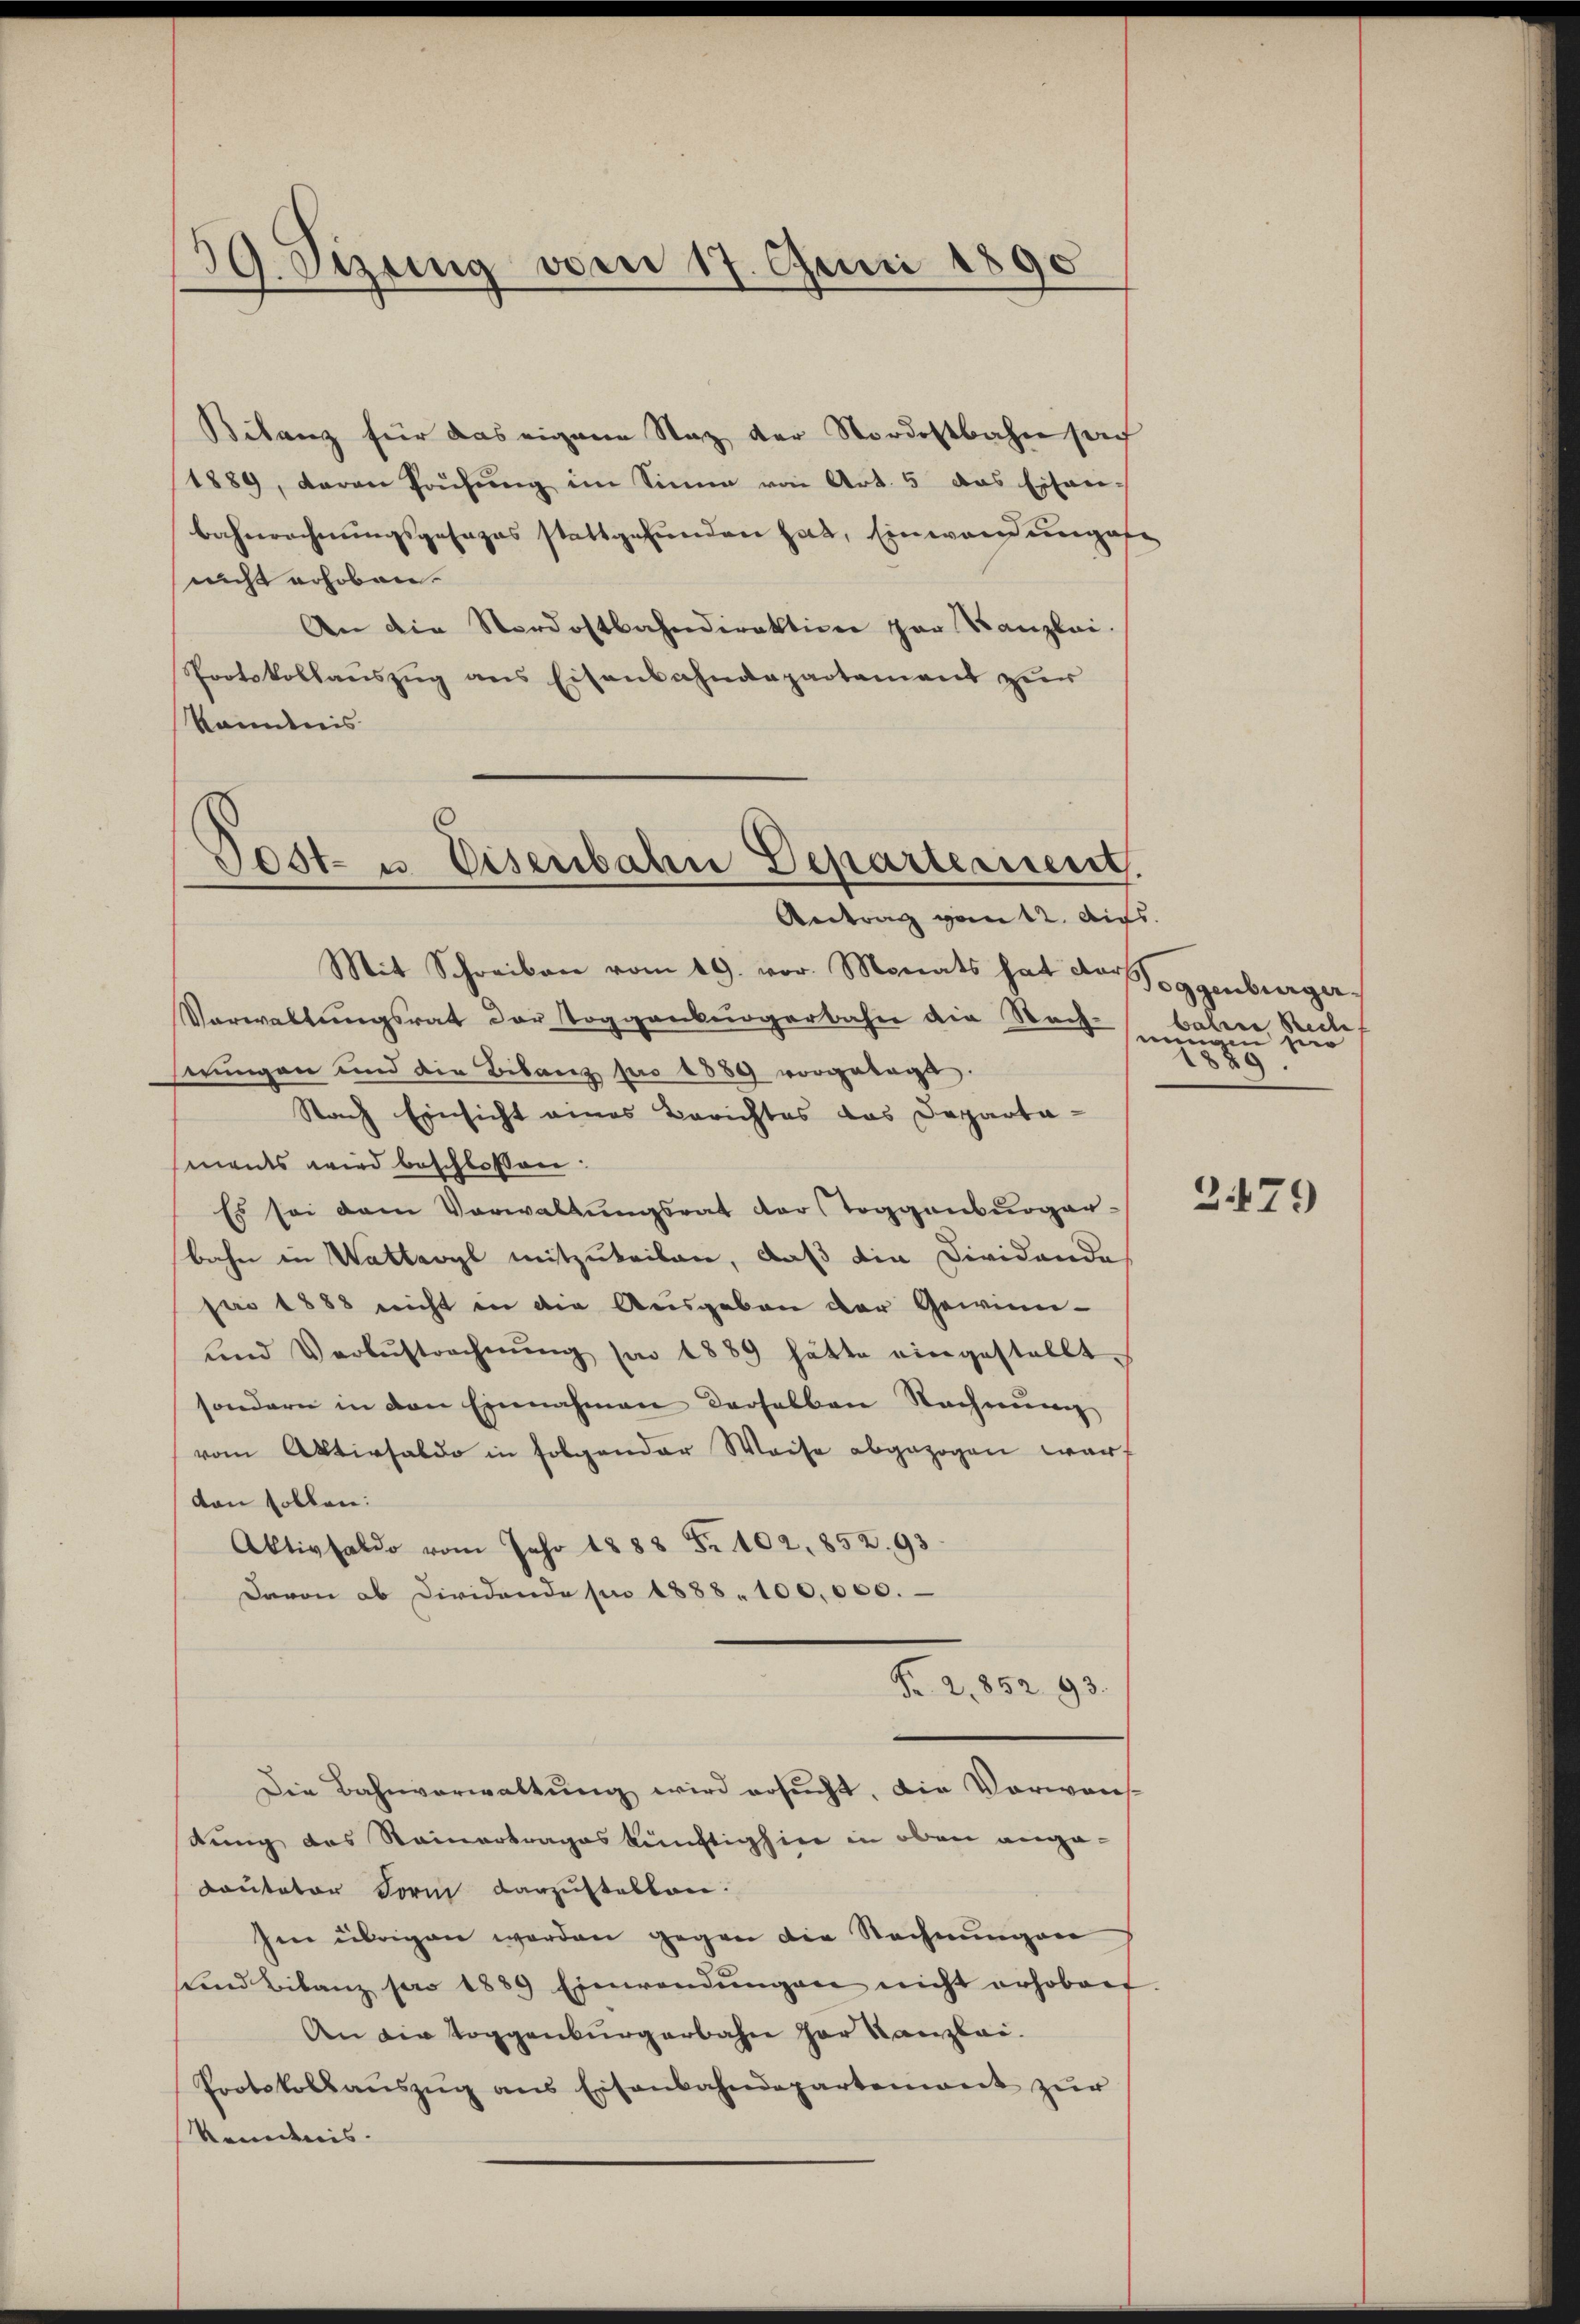
39. Sizung vom 17. Juni 1890

Bilanz für das eigene Stat der Nordostbahn sach
1889, daran Paŭfŭng im Sinne von Art. 5 das Eisen-
bahnrechnungsgesages stattgefunden hat, Einwand ungafe
nicht erhoben.
An die Nordostbahndirektion par Kanzlei.
Protokollauszug aus Eisenbahndepartement zur
kommnis
Tost- u. Eisenbahn Departement.

Antrag von 12. Aufs
Mit Schreiben vom 19. vor. Monats hat der Toggenburger-

Vorwaltungsrat der Toggenburgerbahn die Nach-
serungen und die Bilanz pro 1889 vorgelegt.
Nach Einsicht eines Berichtes das Departa-
ments wird beschlossen:
Es sei dem Verwaltŭngsrat der Toggenburger-
bahn in Wattavyl mitzuteilen, daß die Dividande
pro 1888 nicht in die Ausgaben der Gewinn-
und Verlustrechnŭng von 1889 hätte eingestellt.
sondern in den Einnahmen derselben Rechnung
vom Aktivsaldo in folgender Weise abgezogen war,
von sollen:
Aktivsaldo vom Jahr 1888 Fr. 102, 852. 93.
Davon ab Dividende pr 1888. 100,000.
Fr. 2,852. 93.
Die Bahnverwaltung wird ersucht. Die Vorwans-
dung des Stainertrages künftighin in oben ange¬
Koutator Form darzustellen.
Im übrigen worden gegen die Rechnungen
ŭnd Bilanz pro 1889 Einwendŭngen nicht erhoben
An die Toggenburgerbahne der Kanzlei.
Protokollaŭszŭg ans Eisenbahndepartement zŭr
Kendnis.

balere Stecke
nungen so
89

2479